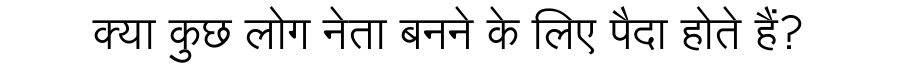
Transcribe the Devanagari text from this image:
क्या कुछ लोग नेता बनने के लिए पैदा होते हैं?